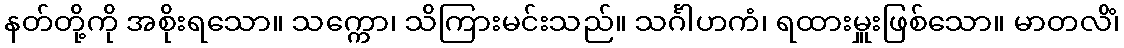
နတ်တို့ကို အစိုးရသော။ သက္ကော၊ သိကြားမင်းသည်။ သင်္ဂါဟကံ၊ ရထားမှူးဖြစ်သော။ မာတလိံ၊